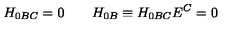
H _ { 0 B C } = 0 \qquad H _ { 0 B } \equiv H _ { 0 B C } E ^ { C } = 0